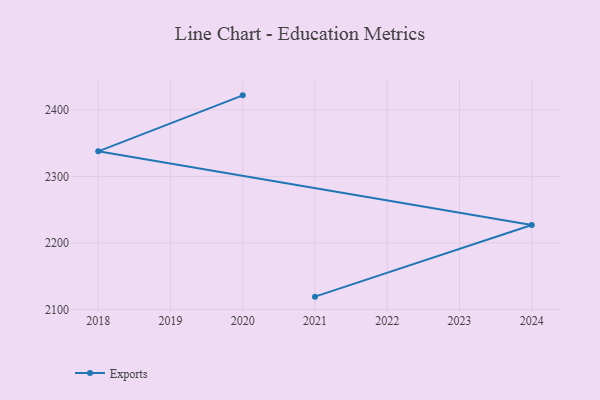
{"axis": {"x": "Year", "y": "Customer Acquisition Cost (USD)"}, "legend": ["Exports"], "data": [{"x": "2020", "y": 2421.9, "type": "Exports"}, {"x": "2018", "y": 2337.7, "type": "Exports"}, {"x": "2024", "y": 2227.1, "type": "Exports"}, {"x": "2021", "y": 2119.3, "type": "Exports"}]}